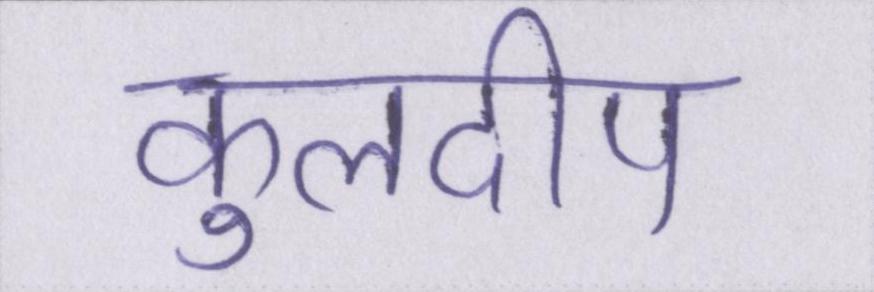
कुलदीप